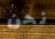
نحن